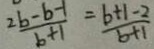
\frac { 2 b - b - 1 } { b + 1 } = \frac { b + 1 - 2 } { b + 1 }